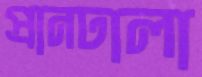
প্রানঢালা